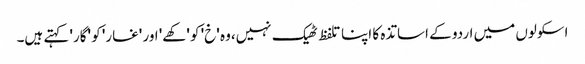
اسکولوں میں اردو کے اساتذہ کا اپنا تلفظ ٹھیک نہیں،وہ 'خ' کو 'کھے' اور 'غار' کو 'گار' کہتے ہیں۔